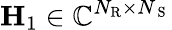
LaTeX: \mathbf{H}_{1}\in\mathbb{C}^{N_{\mathrm{R}}\times N_{\mathrm{~S~}}}